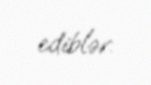
ediblər.